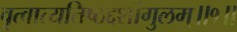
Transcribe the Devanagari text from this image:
वृत्वात्यतिष्ठद्दशांगुलम्॥१॥